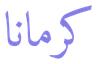
كرمانا